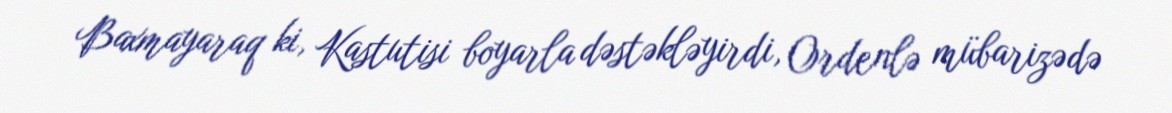
Baxmayaraq ki, Kastutisi boyarla dəstəkləyirdi, Ordenlə mübarizədə